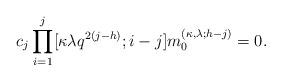
LaTeX: \begin{align*}c_j\prod_{i=1}^{j}[\kappa \lambda q^{2(j-h)};i-j]m^{(\kappa,\lambda;h-j)}_{0}=0.\end{align*}